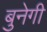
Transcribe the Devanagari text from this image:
बुनेगी